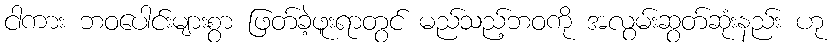
ငါကား ဘဝပေါင်းများစွာ ဖြတ်ခဲ့ဖူးရာတွင် မည်သည့်ဘဝကို အလွမ်းဆွတ်ဆုံးနည်း ဟု